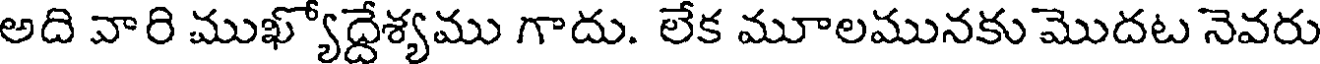
అది వారి ముఖ్యోద్దేశ్యము గాదు. లేక మూలమునకు మొదట నెవరు